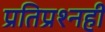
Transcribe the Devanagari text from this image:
प्रतिप्रश्‍नही